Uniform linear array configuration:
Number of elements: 16
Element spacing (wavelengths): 0.5
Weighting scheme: hamming
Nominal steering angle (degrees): -45
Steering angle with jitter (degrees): -46.788
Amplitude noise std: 0.05
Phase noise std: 0.05

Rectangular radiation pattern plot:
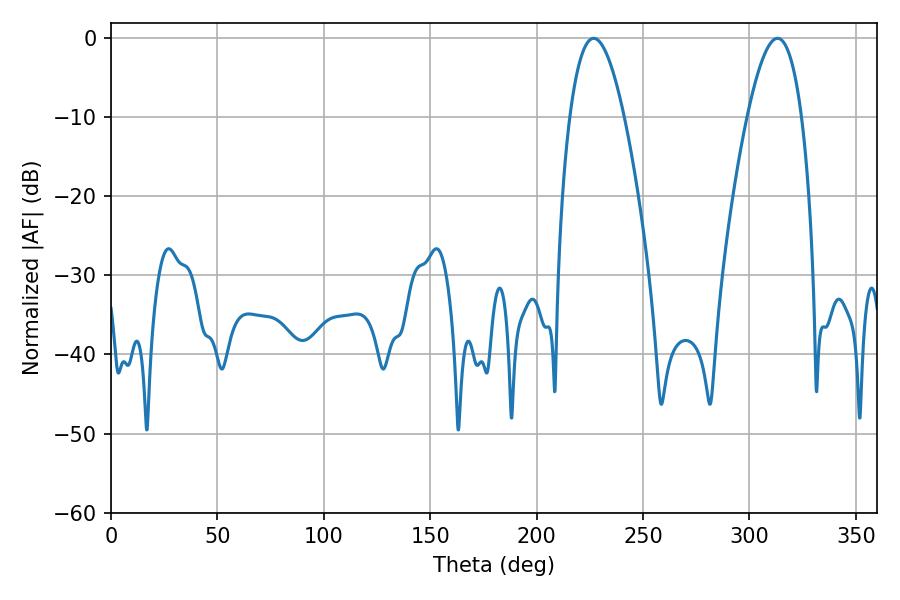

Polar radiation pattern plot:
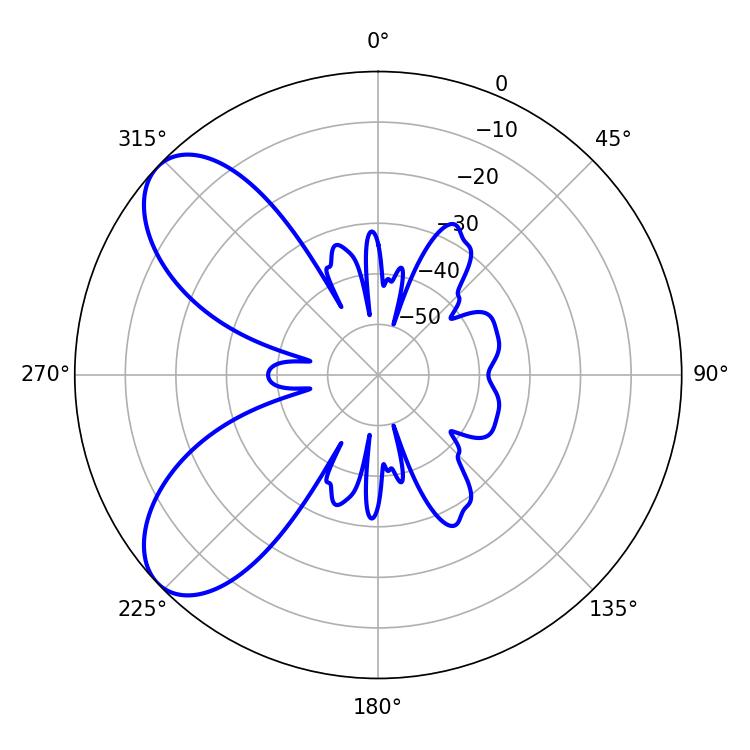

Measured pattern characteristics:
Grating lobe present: FALSE
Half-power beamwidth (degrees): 13.86
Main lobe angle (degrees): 226.8